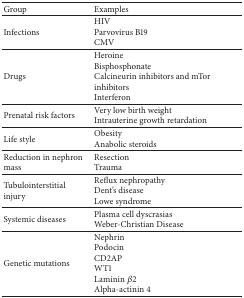
<table><thead><tr><td><b>Group</b></td><td><b>Examples</b></td></tr></thead><tbody><tr><td>Infections</td><td>HIVParvovirus B19CMV </td></tr><tr><td>Drugs</td><td>HeroineBisphosphonateCalcineurin inhibitors and mTor inhibitorsInterferon </td></tr><tr><td>Prenatal risk factors</td><td>Very low birth weight Intrauterine growth retardation </td></tr><tr><td>Life style</td><td>Obesity Anabolic steroids </td></tr><tr><td>Reduction in nephron mass</td><td>ResectionTrauma</td></tr><tr><td>Tubulointerstitial injury</td><td>Reflux nephropathyDent&#x27;s diseaseLowe syndrome</td></tr><tr><td>Systemic diseases</td><td>Plasma cell dyscrasiasWeber-Christian Disease</td></tr><tr><td>Genetic mutations</td><td>NephrinPodocin CD2APWT1Laminin <i>β</i>2Alpha-actinin 4</td></tr></tbody></table>